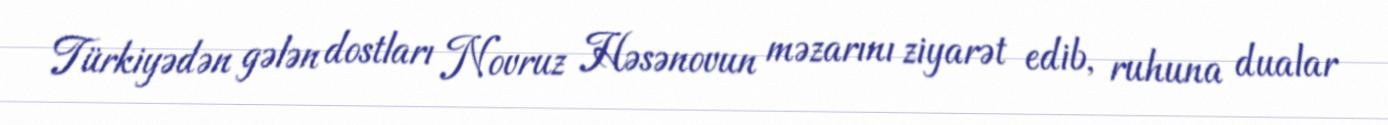
Türkiyədən gələn dostları Novruz Həsənovun məzarını ziyarət edib, ruhuna dualar